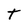
Character: T